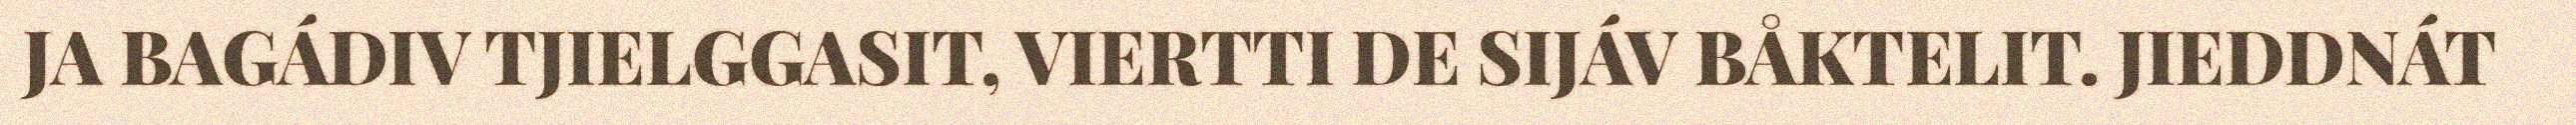
JA BAGÁDIV TJIELGGASIT, VIERTTI DE SIJÁV BÅKTELIT. JIEDDNÁT